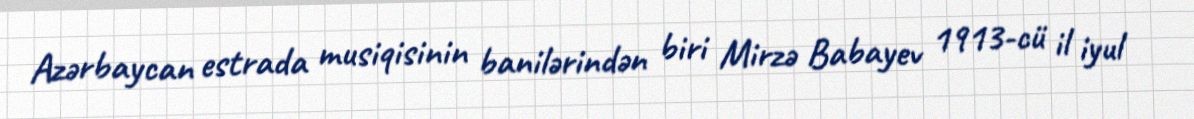
Azərbaycan estrada musiqisinin banilərindən biri Mirzə Babayev 1913-cü il iyul